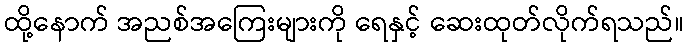
ထို့နောက် အညစ်အကြေးများကို ရေနှင့် ဆေးထုတ်လိုက်ရသည်။